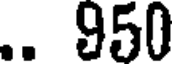
.. 950